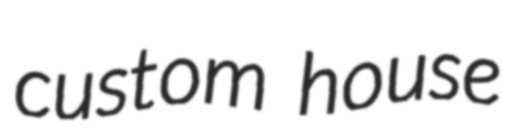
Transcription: custom house